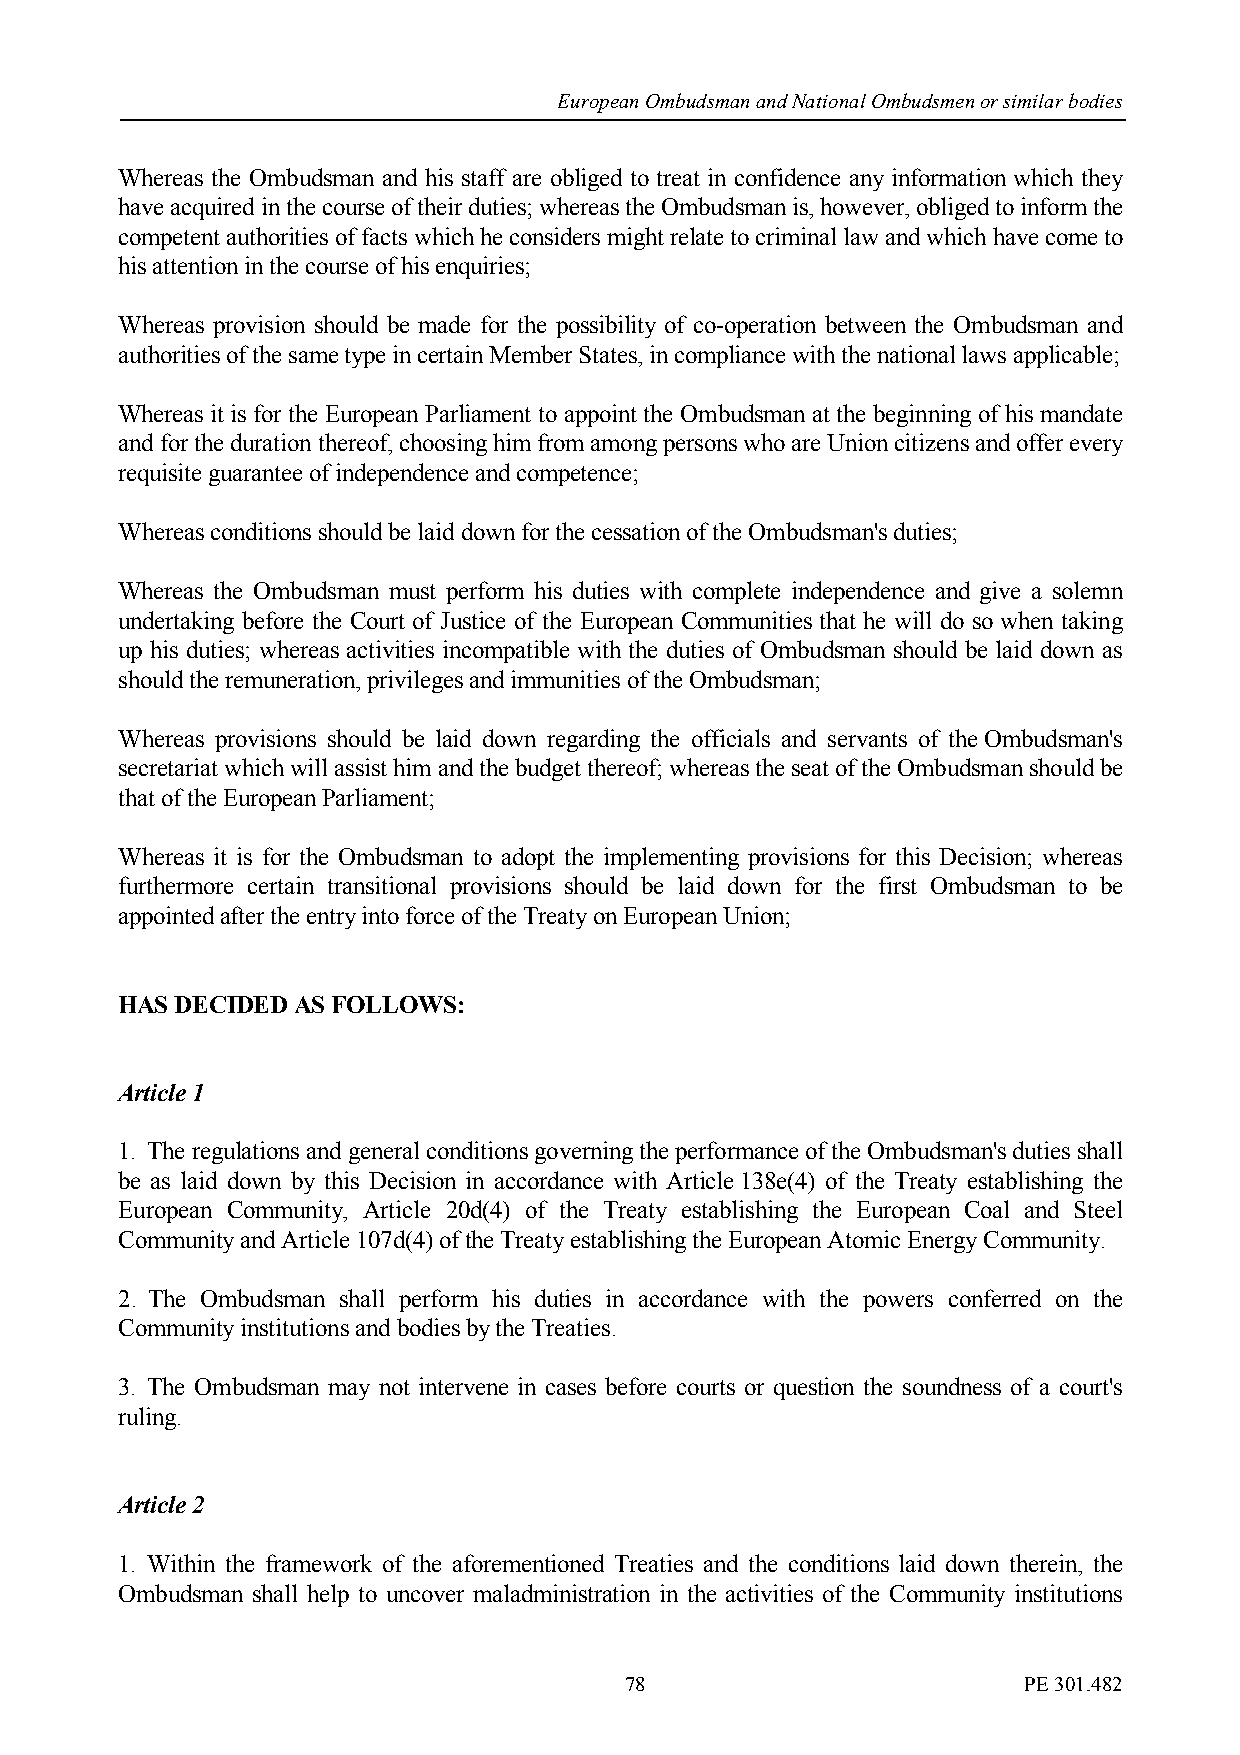
European Ombudsman and National Ombudsmen or similar bodies
 Whereas the Ombudsman and his staff are obliged to treat in confidence any information which they
 have acquired in the course of their duties; whereas the Ombudsman is, however, obliged to inform the
 competent authorities of facts which he considers might relate to criminal law and which have come to
 his attention in the course of his enquiries;
 Whereas provision should be made for the possibility of co-operation between the Ombudsman and
 authorities of the same type in certain Member States, in compliance with the national laws applicable;
 Whereas it is for the European Parliament to appoint the Ombudsman at the beginning of his mandate
 and for the duration thereof, choosing him from among persons who are Union citizens and offer every
 requisite guarantee of independence and competence;
 Whereas conditions should be laid down for the cessation of the Ombudsman's duties;
 Whereas the Ombudsman must perform his duties with complete independence and give a solemn
 undertaking before the Court of Justice of the European Communities that he will do so when taking
 up his duties; whereas activities incompatible with the duties of Ombudsman should be laid down as
 should the remuneration, privileges and immunities of the Ombudsman;
 Whereas provisions should be laid down regarding the officials and servants of the Ombudsman's
 secretariat which will assist him and the budget thereof; whereas the seat of the Ombudsman should be
 that of the European Parliament;
 Whereas it is for the Ombudsman to adopt the implementing provisions for this Decision; whereas
 furthermore certain transitional provisions should be laid down for the first Ombudsman to be
 appointed after the entry into force of the Treaty on European Union;
 HAS DECIDED AS FOLLOWS:
 Article 1
 1. The regulations and general conditions governing the performance of the Ombudsman's duties shall
 be as laid down by this Decision in accordance with Article 138e(4) of the Treaty establishing the
 European Community, Article 20d(4) of the Treaty establishing the European Coal and Steel
 Community and Article 107d(4) of the Treaty establishing the European Atomic Energy Community.
 2. The Ombudsman shall perform his duties in accordance with the powers conferred on the
 Community institutions and bodies by the Treaties.
 3. The Ombudsman may not intervene in cases before courts or question the soundness of a court's
 ruling.
 Article 2
 1. Within the framework of the aforementioned Treaties and the conditions laid down therein, the
 Ombudsman shall help to uncover maladministration in the activities of the Community institutions
 78                         PE 301.482